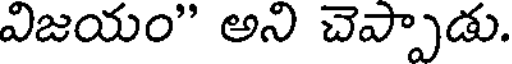
విజయం" అని చెప్పాడు.